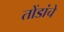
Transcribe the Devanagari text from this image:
तोंडांचे